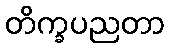
တိက္ခပညတာ